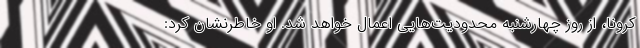
کرونا، از روز چهارشنبه محدودیت‌هایی اعمال خواهد شد. او خاطرنشان کرد: